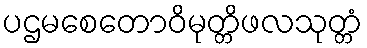
ပဌမစေတောဝိမုတ္တိဖလသုတ္တံ